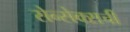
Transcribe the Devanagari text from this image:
सेन्सेक्सची